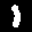
Label: 1